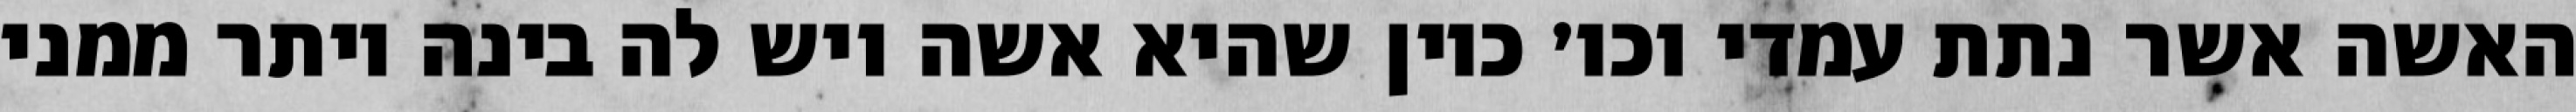
האשה אשר נתת עמדי וכו׳ כיון שהיא אשה ויש לה בינה יותר ממני